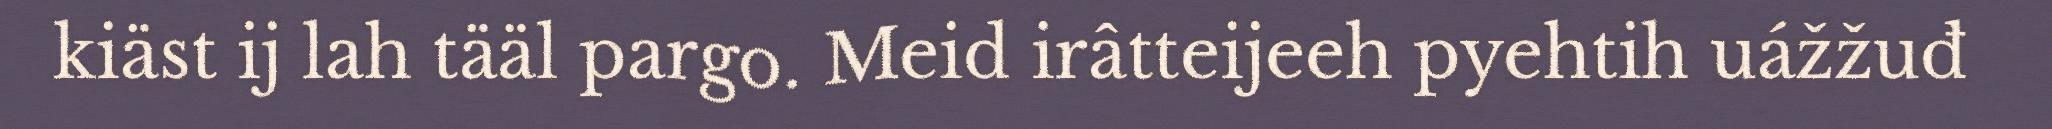
kiäst ij lah tääl pargo. Meid irâtteijeeh pyehtih uážžuđ